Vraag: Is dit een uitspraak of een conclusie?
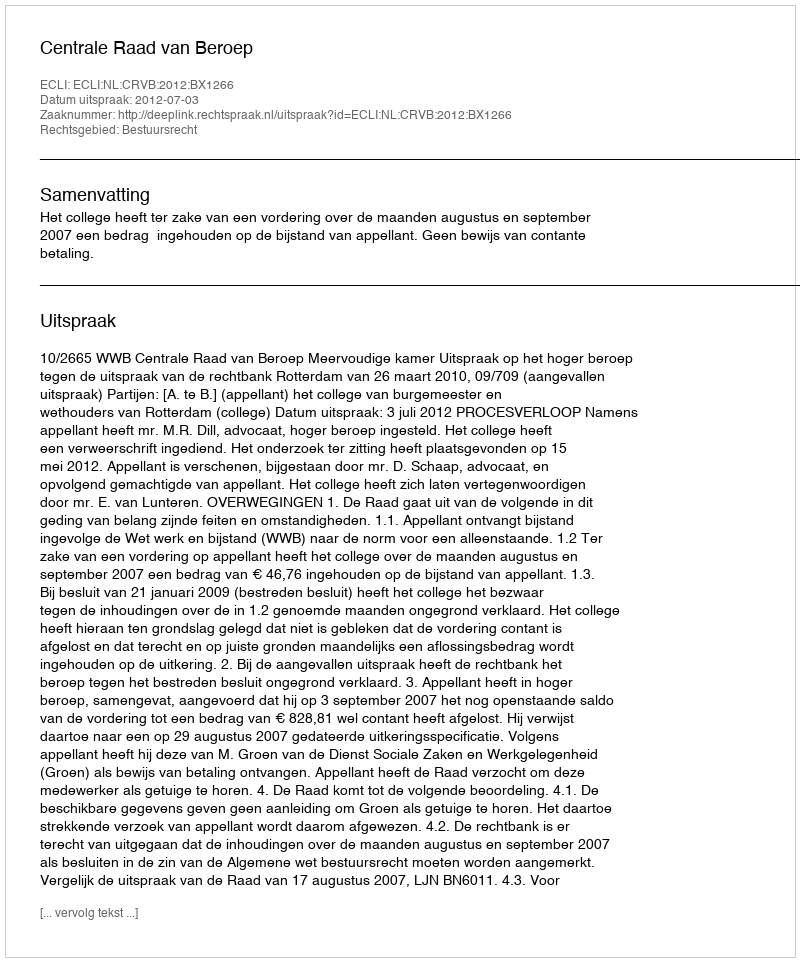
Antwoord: Uitspraak